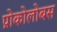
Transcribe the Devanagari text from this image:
प्रोकोलोबस